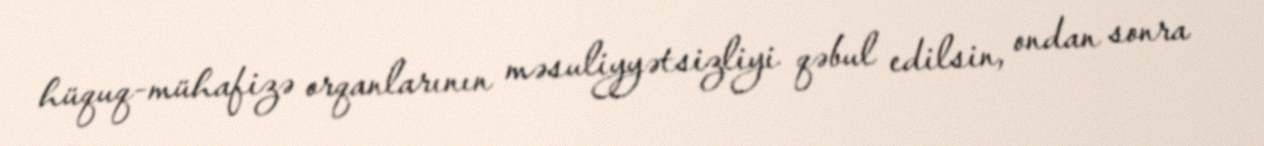
hüquq-mühafizə orqanlarının məsuliyyətsizliyi qəbul edilsin, ondan sonra